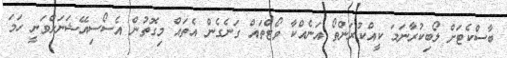
ބާސްކެޓަށް ލޯބިކުރާނަމަ ކީއްކުރަންތޯ އަނެއްކާ ވޯޓްތައް ގަނެގެން އެތައް މިގޮތުން އެސޯސިއޭޝަނަށްވަނީ ހަމަ